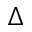
\Delta